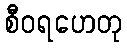
စီဝရဟေတု